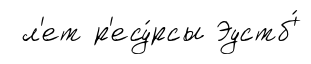
л'ет р'есу́рсы Эустб'́